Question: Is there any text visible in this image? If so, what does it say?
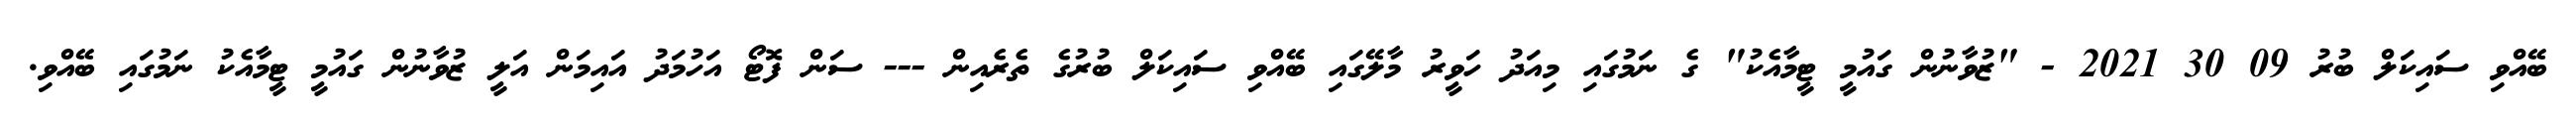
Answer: ބޭއްވި ސައިކަލް ބުރު 09 30 2021 - "ޒުވާނުން ގައުމީ ޓީމާއެކު" ގެ ނަމުގައި މިއަދު ހަވީރު މާލޭގައި ބޭއްވި ސައިކަލް ބުރުގެ ތެރެއިން --- ސަން ފޮޓޯ އަހުމަދު އައިމަން އަލީ ޒުވާނުން ގައުމީ ޓީމާއެކު ނަމުގައި ބޭއްވި.